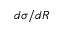
d \sigma / d R